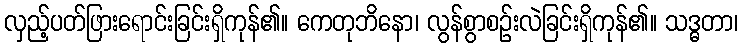
လှည့်ပတ်ဖြားရောင်းခြင်းရှိကုန်၏။ ကေတုဘိနော၊ လွန်စွာစဉ်းလဲခြင်းရှိကုန်၏။ သဒ္ဓတာ၊